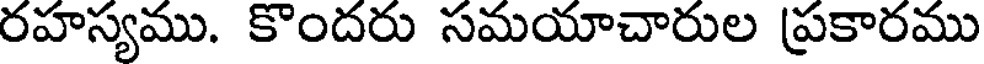
రహస్యము. కొందరు సమయాచారుల ప్రకారము